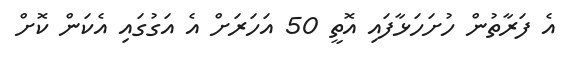
އެ ފަރާތުން ހުށަހަޅާފައި އޮތީ 50 އަހަރަށް އެ އަގުގައި އެކަން ކޮށް